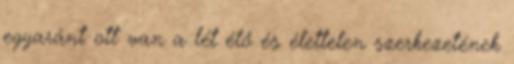
egyaránt ott van a lét élő és élettelen szerkezetének